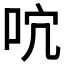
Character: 𠰽